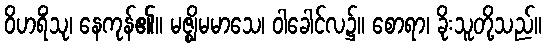
ဝိဟရိံသု၊ နေကုန်၏။ မဇ္ဈိမမာသေ၊ ဝါခေါင်လ၌။ စောရာ၊ ခိုးသူတို့သည်။